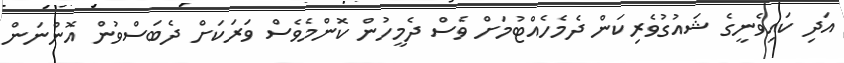
އަދި ކައިވެނީގެ ޝައުގުވެރިކަން ދެމެހެއްޓުމަށްް ވެސް ދެމީހުން ކޮންމެވެސް ވަރަކަށް ދެބަސްވުން އޮންނަން